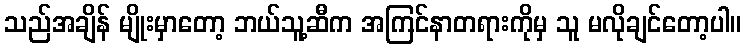
သည်အချိန် မျိုးမှာတော့ ဘယ်သူ့ဆီက အကြင်နာတရားကိုမှ သူ မလိုချင်တော့ပါ။